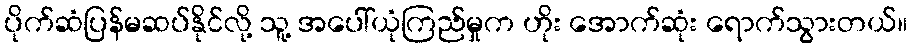
ပိုက်ဆံပြန်မဆပ်နိုင်လို့ သူ့ အပေါ်ယုံကြည်မှုက ဟိုး အောက်ဆုံး ရောက်သွားတယ်။